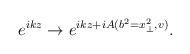
LaTeX: \begin{align*}e^{ikz} \rightarrow e^{ikz +iA(b^{2}=x^{2}_{\perp},v)}.\end{align*}